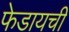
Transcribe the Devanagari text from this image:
फेडायची